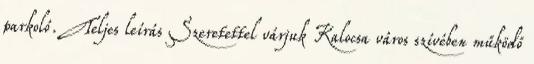
parkoló. Teljes leírás Szeretettel várjuk Kalocsa város szívében működő